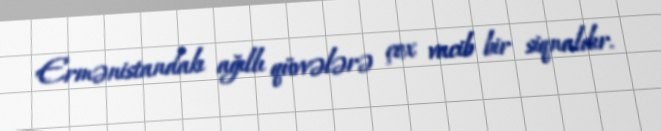
Ermənistandakı ağıllı qüvvələrə çox vacib bir siqnaldır.